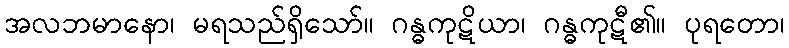
အလဘမာနော၊ မရသည်ရှိသော်။ ဂန္ဓကုဋိယာ၊ ဂန္ဓကုဋီ၏။ ပုရတော၊